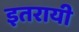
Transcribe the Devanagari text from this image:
इतरायी